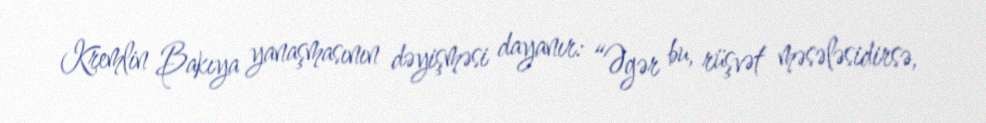
Kremlin Bakıya yanaşmasının dəyişməsi dayanır: “Əgər bu, rüşvət məsələsidirsə,